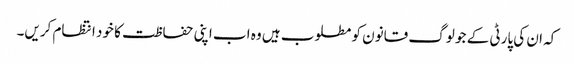
کہ ان کی پارٹی کے جو لوگ قانون کو مطلوب ہیں وہ اب اپنی حفاظت کا خود انتظام کریں۔